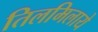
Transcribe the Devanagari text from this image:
तिलमिलाये